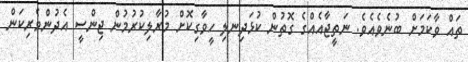
ތައް ވާކަމަށް ބުނެވެއެވެ. ނަތީޖާއެއްގެ ގޮތުން ކުޅަދިނލި ހީވާގިކޮށް މުރާލިކުރުމުން ޖިންސީ އެދުންވެރިކަން